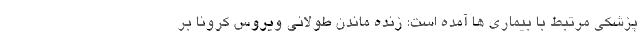
پزشکی مرتبط با بیماری ها آمده است: زنده ماندن طولانی ویروس کرونا بر